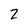
Character: 2